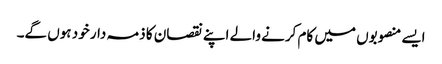
ایسے منصوبوں میں کام کرنے والے اپنے نقصان کا ذمہ دار خود ہوں گے۔